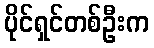
ပိုင်ရှင်တစ်ဦးက